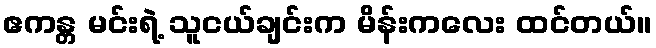
ဧကန္တ မင်းရဲ့ သူငယ်ချင်းက မိန်းကလေး ထင်တယ်။